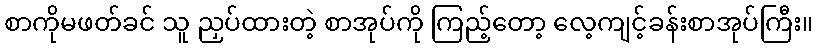
စာကိုမဖတ်ခင် သူ ညှပ်ထားတဲ့ စာအုပ်ကို ကြည့်တော့ လေ့ကျင့်ခန်းစာအုပ်ကြီး။